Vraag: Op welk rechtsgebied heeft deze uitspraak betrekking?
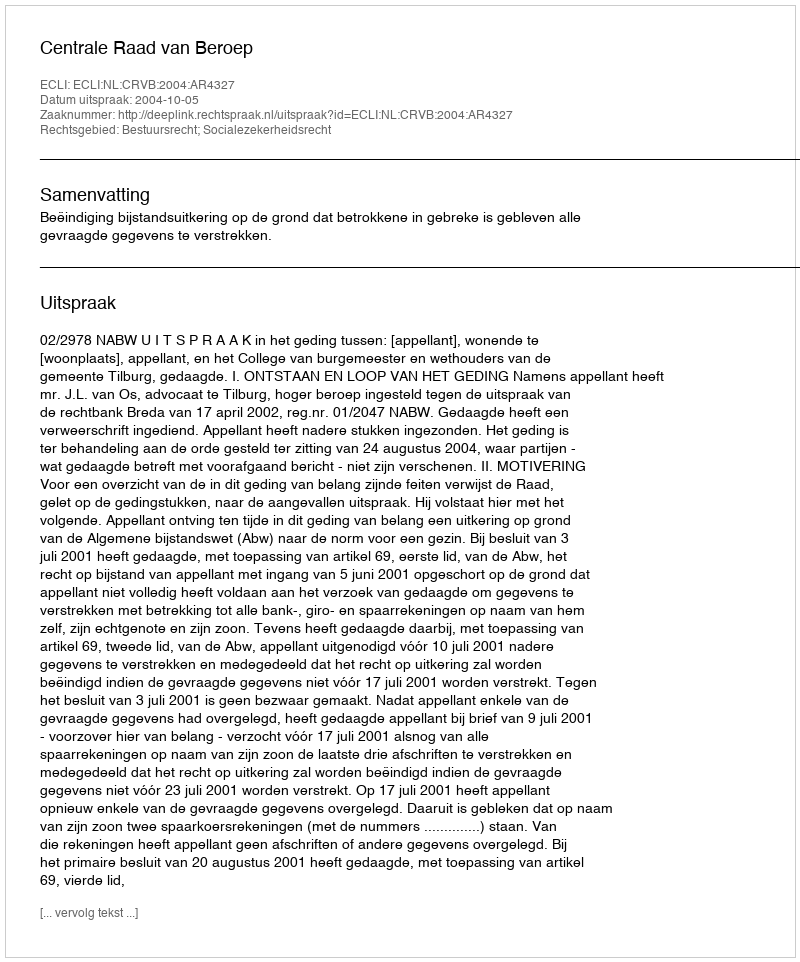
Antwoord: Bestuursrecht; Socialezekerheidsrecht